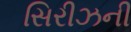
સિરીઝની